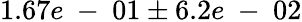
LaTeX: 1.67e\mathrm{~-~}01\pm 6.2e\mathrm{~-~}02